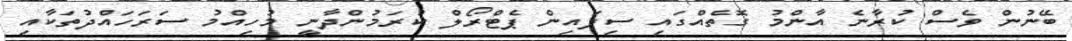
ބޭނުން ވެސް ކުރާނެ އާންމު ގޮތެއްގައި ސިފައިން ޕެޓްރޯލް ކުރަމުންދާނީ މުހިއްމު ސަރަހައްދުތަކާއި